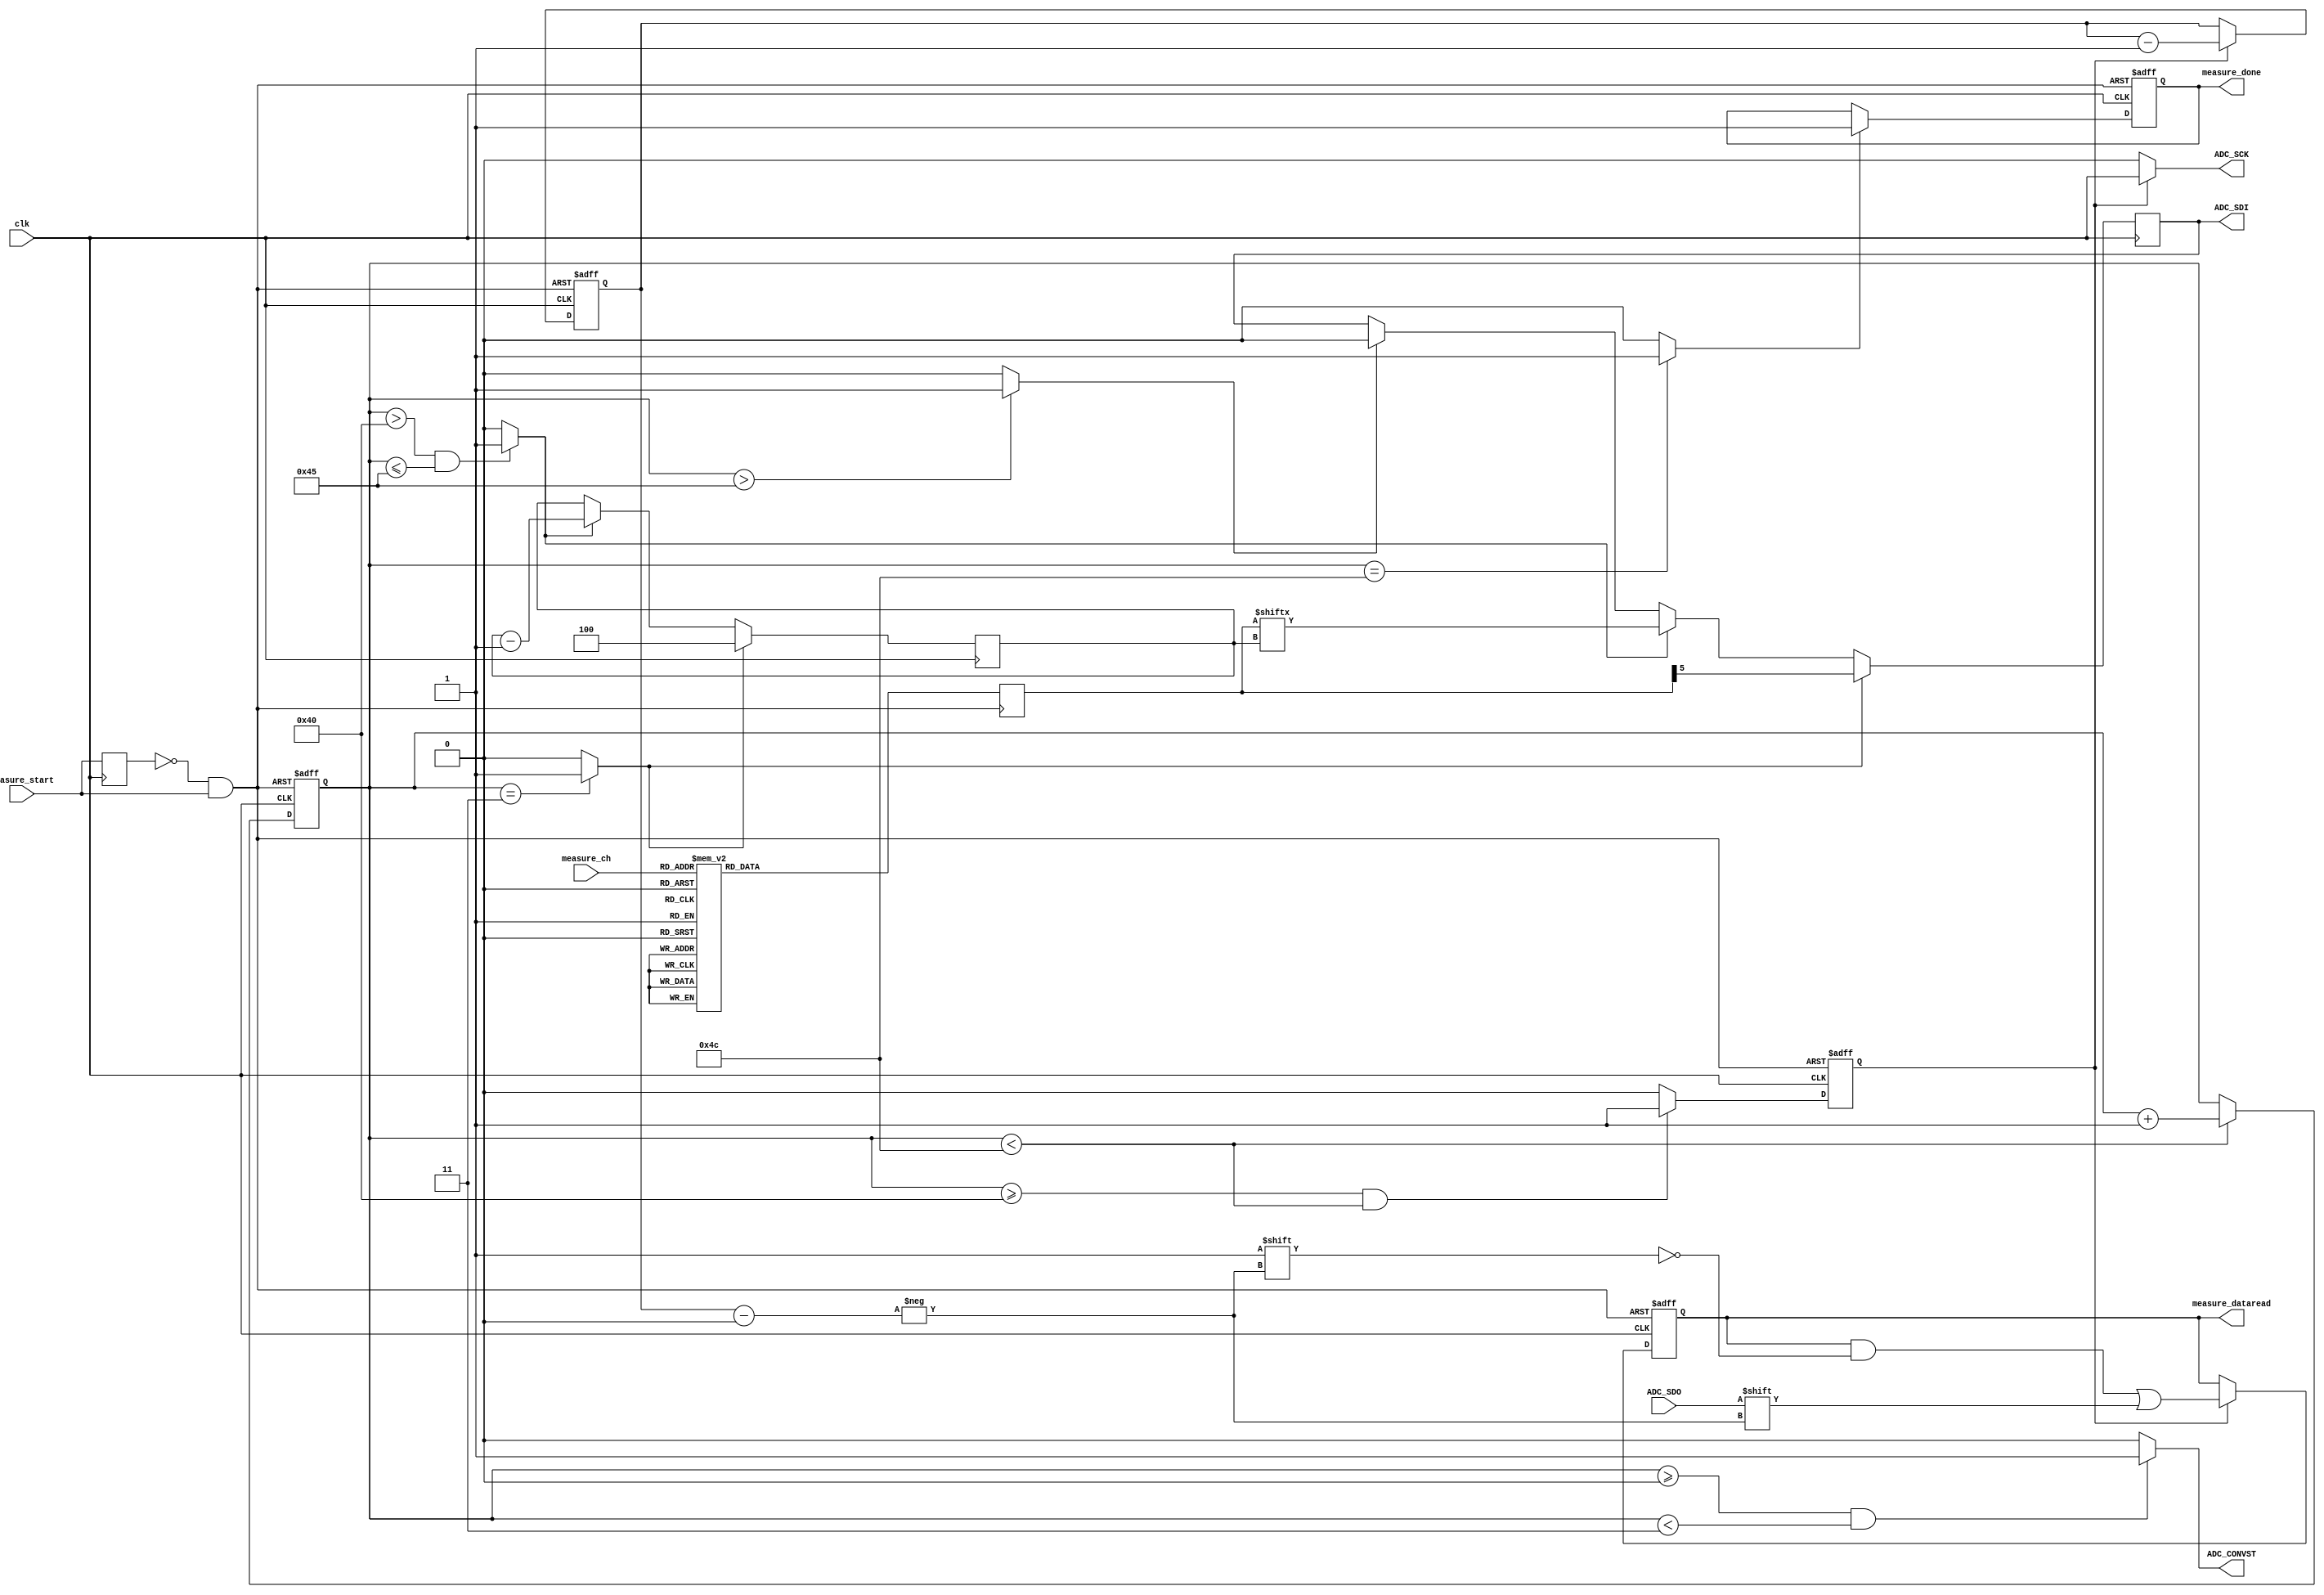
module adc_ltc2308(
	clk, // max 40mhz
	
	// start measure
	measure_start, // posedge triggle
	measure_ch,
	measure_done,
	measure_dataread,
	
	// adc interface
	ADC_CONVST,
	ADC_SCK,
	ADC_SDI,
	ADC_SDO 
);

input								clk;

// start measure
input								measure_start;
input		[2:0]					measure_ch;
output	reg					measure_done;
output	[11:0]				measure_dataread;



output		          		ADC_CONVST;
output		          		ADC_SCK;
output	reg          		ADC_SDI;
input 		          		ADC_SDO;

// Asi como esta (tHCONVST=320) el modulo tarda 400 ciclos de reloj en completar las lecturas....
// Necesita 10 us en su clk max de 40MHz...
// Significa que no puedo muestrear a mas de 100 kHz
// Si pongo  (tHCONVST=80) llega a 250kHz
// Con (tHCONVST=0) la cosa llega a 500kHz (Lo probe muestreando una cuadrada de 50kHz y anda bien!)

/////////////////////////////////
// Timing definition 

// using 40MHz clock
// to acheive fsample = 500KHz
// ntcyc = 2us / 25ns  = 80



`define DATA_BITS_NUM		12
`define CMD_BITS_NUM			6
`define CH_NUM					8

`define tWHCONV            3   // CONVST High Time, min 20 ns
`define tCONV     			64 //52  // tCONV: type 1.3 us, MAX 1.6 us, 1600/25(assumed clk is 40mhz)=64  -> 1.3us/25ns = 52
                              // set 64 for suite for 1.6 us max
//                         +12 //data

`define tHCONVST           0 // 12  // here set 320 fsample = 100KHz for if ADC input impedance is high, see below  
                                // If the source impedance of the driving circuit is low, the ADC inputs can be driven directly.
                                //Otherwise, more acquisition time should be allowed for a source with higher impedance.

										  // for acheiving 500KHz  fmax. set n cyc = 80.
`define tCONVST_HIGH_START	0 	
`define tCONVST_HIGH_END  	(`tCONVST_HIGH_START+`tWHCONV) 

`define tCONFIG_START		(`tCONVST_HIGH_END) 	
`define tCONFIG_END  		(`tCLK_START+`CMD_BITS_NUM - 1) 	

`define tCLK_START 			(`tCONVST_HIGH_START+`tCONV)
`define tCLK_END 	   		(`tCLK_START+`DATA_BITS_NUM)

`define tDONE 	   			(`tCLK_END+`tHCONVST)

// create triggle message: reset_n
reg pre_measure_start;
always @ (posedge clk)	
begin
	pre_measure_start <= measure_start;
end

wire reset_n;
assign reset_n = (~pre_measure_start & measure_start)?1'b0:1'b1;

// tick
reg [15:0] tick;	
always @ (posedge clk or negedge reset_n)	
begin
	if (~reset_n)
		tick <= 0;
	else if (tick < `tDONE)
		tick <= tick + 1;
end


/////////////////////////////////
// ADC_CONVST 
assign ADC_CONVST = (tick >= `tCONVST_HIGH_START && tick < `tCONVST_HIGH_END)?1'b1:1'b0;

/////////////////////////////////
// ADC_SCK 

reg clk_enable; // must sync to clk in clk low
always @ (negedge clk or negedge reset_n)	 
begin
	if (~reset_n)
		clk_enable <= 1'b0;
	else if ((tick >= `tCLK_START && tick < `tCLK_END))
		clk_enable <= 1'b1;
	else
		clk_enable <= 1'b0;
end

assign ADC_SCK = clk_enable?clk:1'b0;


///////////////////////////////
// read data
reg [(`DATA_BITS_NUM-1):0] read_data;
reg [3:0] write_pos;



assign measure_dataread = read_data;

always @ (negedge clk or negedge reset_n)	
begin
	if (~reset_n)
	begin
		read_data <= 0;
		write_pos <= `DATA_BITS_NUM-1;
	end
	else if (clk_enable)
	begin
		read_data[write_pos] <= ADC_SDO;
		write_pos <= write_pos - 1;
	end
end

///////////////////////////////
// measure done
wire read_ch_done;

assign read_ch_done = (tick == `tDONE)?1'b1:1'b0;

always @ (posedge clk or negedge reset_n)	
begin
	if (~reset_n)
		measure_done <= 1'b0;
	else if (read_ch_done)
		measure_done <= 1'b1;
end

///////////////////////////////
// adc channel config

// pre-build config command
reg [(`CMD_BITS_NUM-1):0] config_cmd;


`define UNI_MODE		1'b1   //1: Unipolar, 0:Bipolar
`define SLP_MODE		1'b0   //1: enable sleep

always @(negedge reset_n)
begin
	if (~reset_n)
	begin
		case (measure_ch)
			0 : config_cmd <= {4'h8, `UNI_MODE, `SLP_MODE}; 
			1 : config_cmd <= {4'hC, `UNI_MODE, `SLP_MODE}; 
			2 : config_cmd <= {4'h9, `UNI_MODE, `SLP_MODE}; 
			3 : config_cmd <= {4'hD, `UNI_MODE, `SLP_MODE}; 
			4 : config_cmd <= {4'hA, `UNI_MODE, `SLP_MODE}; 
			5 : config_cmd <= {4'hE, `UNI_MODE, `SLP_MODE}; 
			6 : config_cmd <= {4'hB, `UNI_MODE, `SLP_MODE}; 
			7 : config_cmd <= {4'hF, `UNI_MODE, `SLP_MODE}; 
			default : config_cmd <= {4'hF, 2'b00}; 
		endcase
	end
end

// serial config command to adc chip
wire config_init;
wire config_enable;
wire config_done;
reg [2:0] sdi_index;

assign config_init = (tick == `tCONFIG_START)?1'b1:1'b0;	
assign config_enable = (tick > `tCLK_START && tick <= `tCONFIG_END)?1'b1:1'b0;	// > because this is negative edge triggle
assign config_done = (tick > `tCONFIG_END)?1'b1:1'b0;	
always @(negedge clk)	
begin
	if (config_init)
	begin
		ADC_SDI <= config_cmd[`CMD_BITS_NUM-1];
		sdi_index <= `CMD_BITS_NUM-2;
	end
	else if (config_enable)
	begin
		ADC_SDI <= config_cmd[sdi_index];
		sdi_index <= sdi_index - 1;
	end
	else if (config_done)
		ADC_SDI <= 1'b0; //
end




endmodule